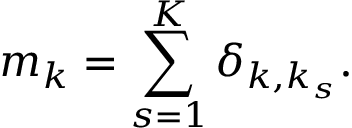
m _ { k } = \sum _ { s = 1 } ^ { K } \delta _ { k , k _ { s } } .